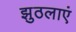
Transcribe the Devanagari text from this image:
झुठलाएं